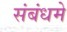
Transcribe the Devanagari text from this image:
संबंधमे